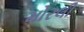
મોરલી